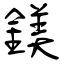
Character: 鎂